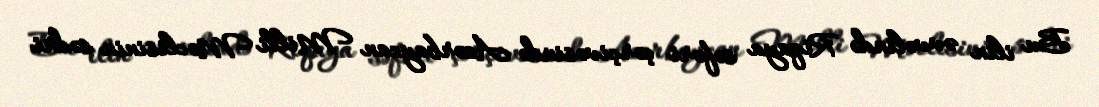
Bu ilin əvvəlində Riqaya səfəri çərçivəsində Azərbaycan Milli Məclisinin sədri